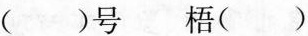
()号梧()